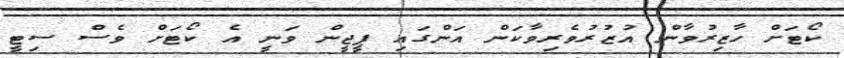
ކޯޓަށް ހާޒިރުވާން އުޒުރުވެރިވާކަން އަންގައި ޕީޖީން ވަނީ އެ ކޯޓަށް ވެސް ސިޓީ